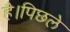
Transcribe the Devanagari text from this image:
है।पिछले